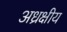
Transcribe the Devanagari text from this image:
अध्रक्षीय